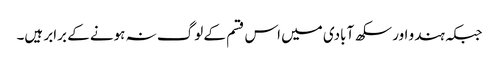
جبکہ ہندو اور سکھ آبادی میں اس قسم کے لوگ نہ ہونے کے برابر ہیں۔